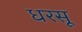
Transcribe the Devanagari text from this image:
धरसू